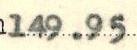
149.95